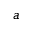
a